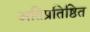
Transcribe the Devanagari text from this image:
अतिप्रतिष्ठित